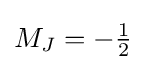
{\textstyle M_{J}=-{\frac {1}{2}}}